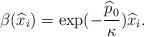
LaTeX: \begin{align*}\beta(\widehat{x}_i) = \exp(-\frac{\widehat{p}_0}{\kappa})\widehat{x}_i.\end{align*}